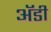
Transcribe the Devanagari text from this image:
अॅडी